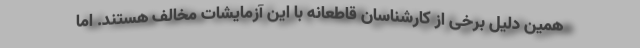
همین دلیل برخی از کارشناسان قاطعانه با این آزمایشات مخالف هستند. اما